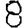
Digit: 8